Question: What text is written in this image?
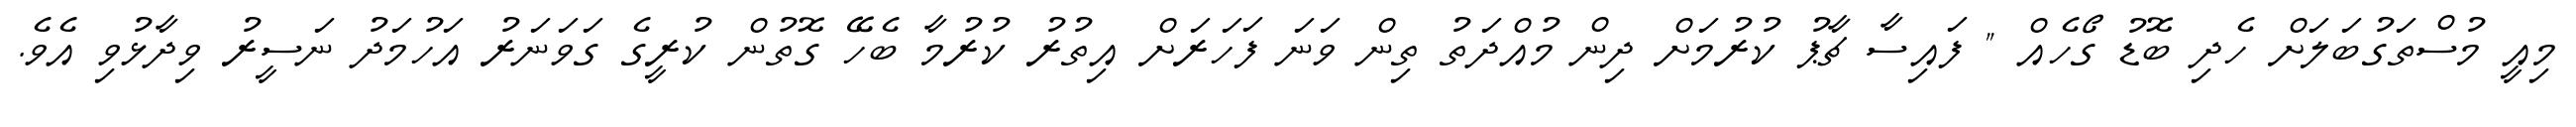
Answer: މިއީ މުސްތަގުބަލަށް ހެދި ބޮޑު ގޯހެއް " ފައިސާ ޗާޕު ކުރުމަށް ދިން މުއްދަތު ތިން ވަނަ ފަހަރަށް އިތުރު ކުރުމާ ބެހޭ ގޮތުން ކުރީގެ ގަވަނަރު އަހުމަދު ނަސީރު ވިދާޅުވި އެވެ.